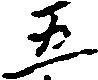
五